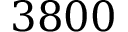
3 8 0 0